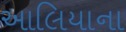
આલિયાના